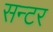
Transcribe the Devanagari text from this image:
सन्टर